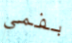
بفمي